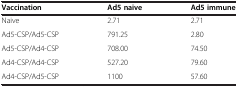
<table><thead><tr><td><b>Vaccination</b></td><td><b>Ad5 naive</b></td><td><b>Ad5 immune</b></td></tr></thead><tbody><tr><td>Naive</td><td>2.71</td><td>2.71</td></tr><tr><td>Ad5‒CSP/Ad5‒CSP</td><td>791.25</td><td>2.80</td></tr><tr><td>Ad5‒CSP/Ad4‒CSP</td><td>708.00</td><td>74.50</td></tr><tr><td>Ad4‒CSP/Ad4‒CSP</td><td>527.20</td><td>79.60</td></tr><tr><td>Ad4‒CSP/Ad5‒CSP</td><td>1100</td><td>57.60</td></tr></tbody></table>